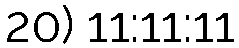
20) 11:11:11